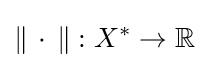
\|\,\cdot \,\|:X^{*}\to \mathbb {R}